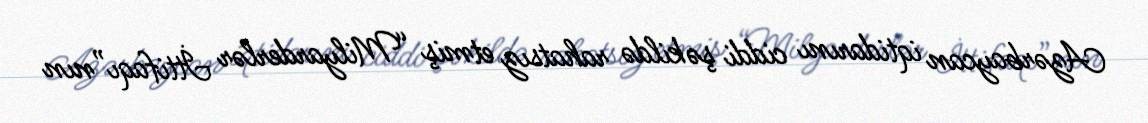
Azərbaycan iqtidarını ciddi şəkildə rahatsız etmiş “Milyarderlər İttifaqı”nın